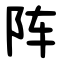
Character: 阵